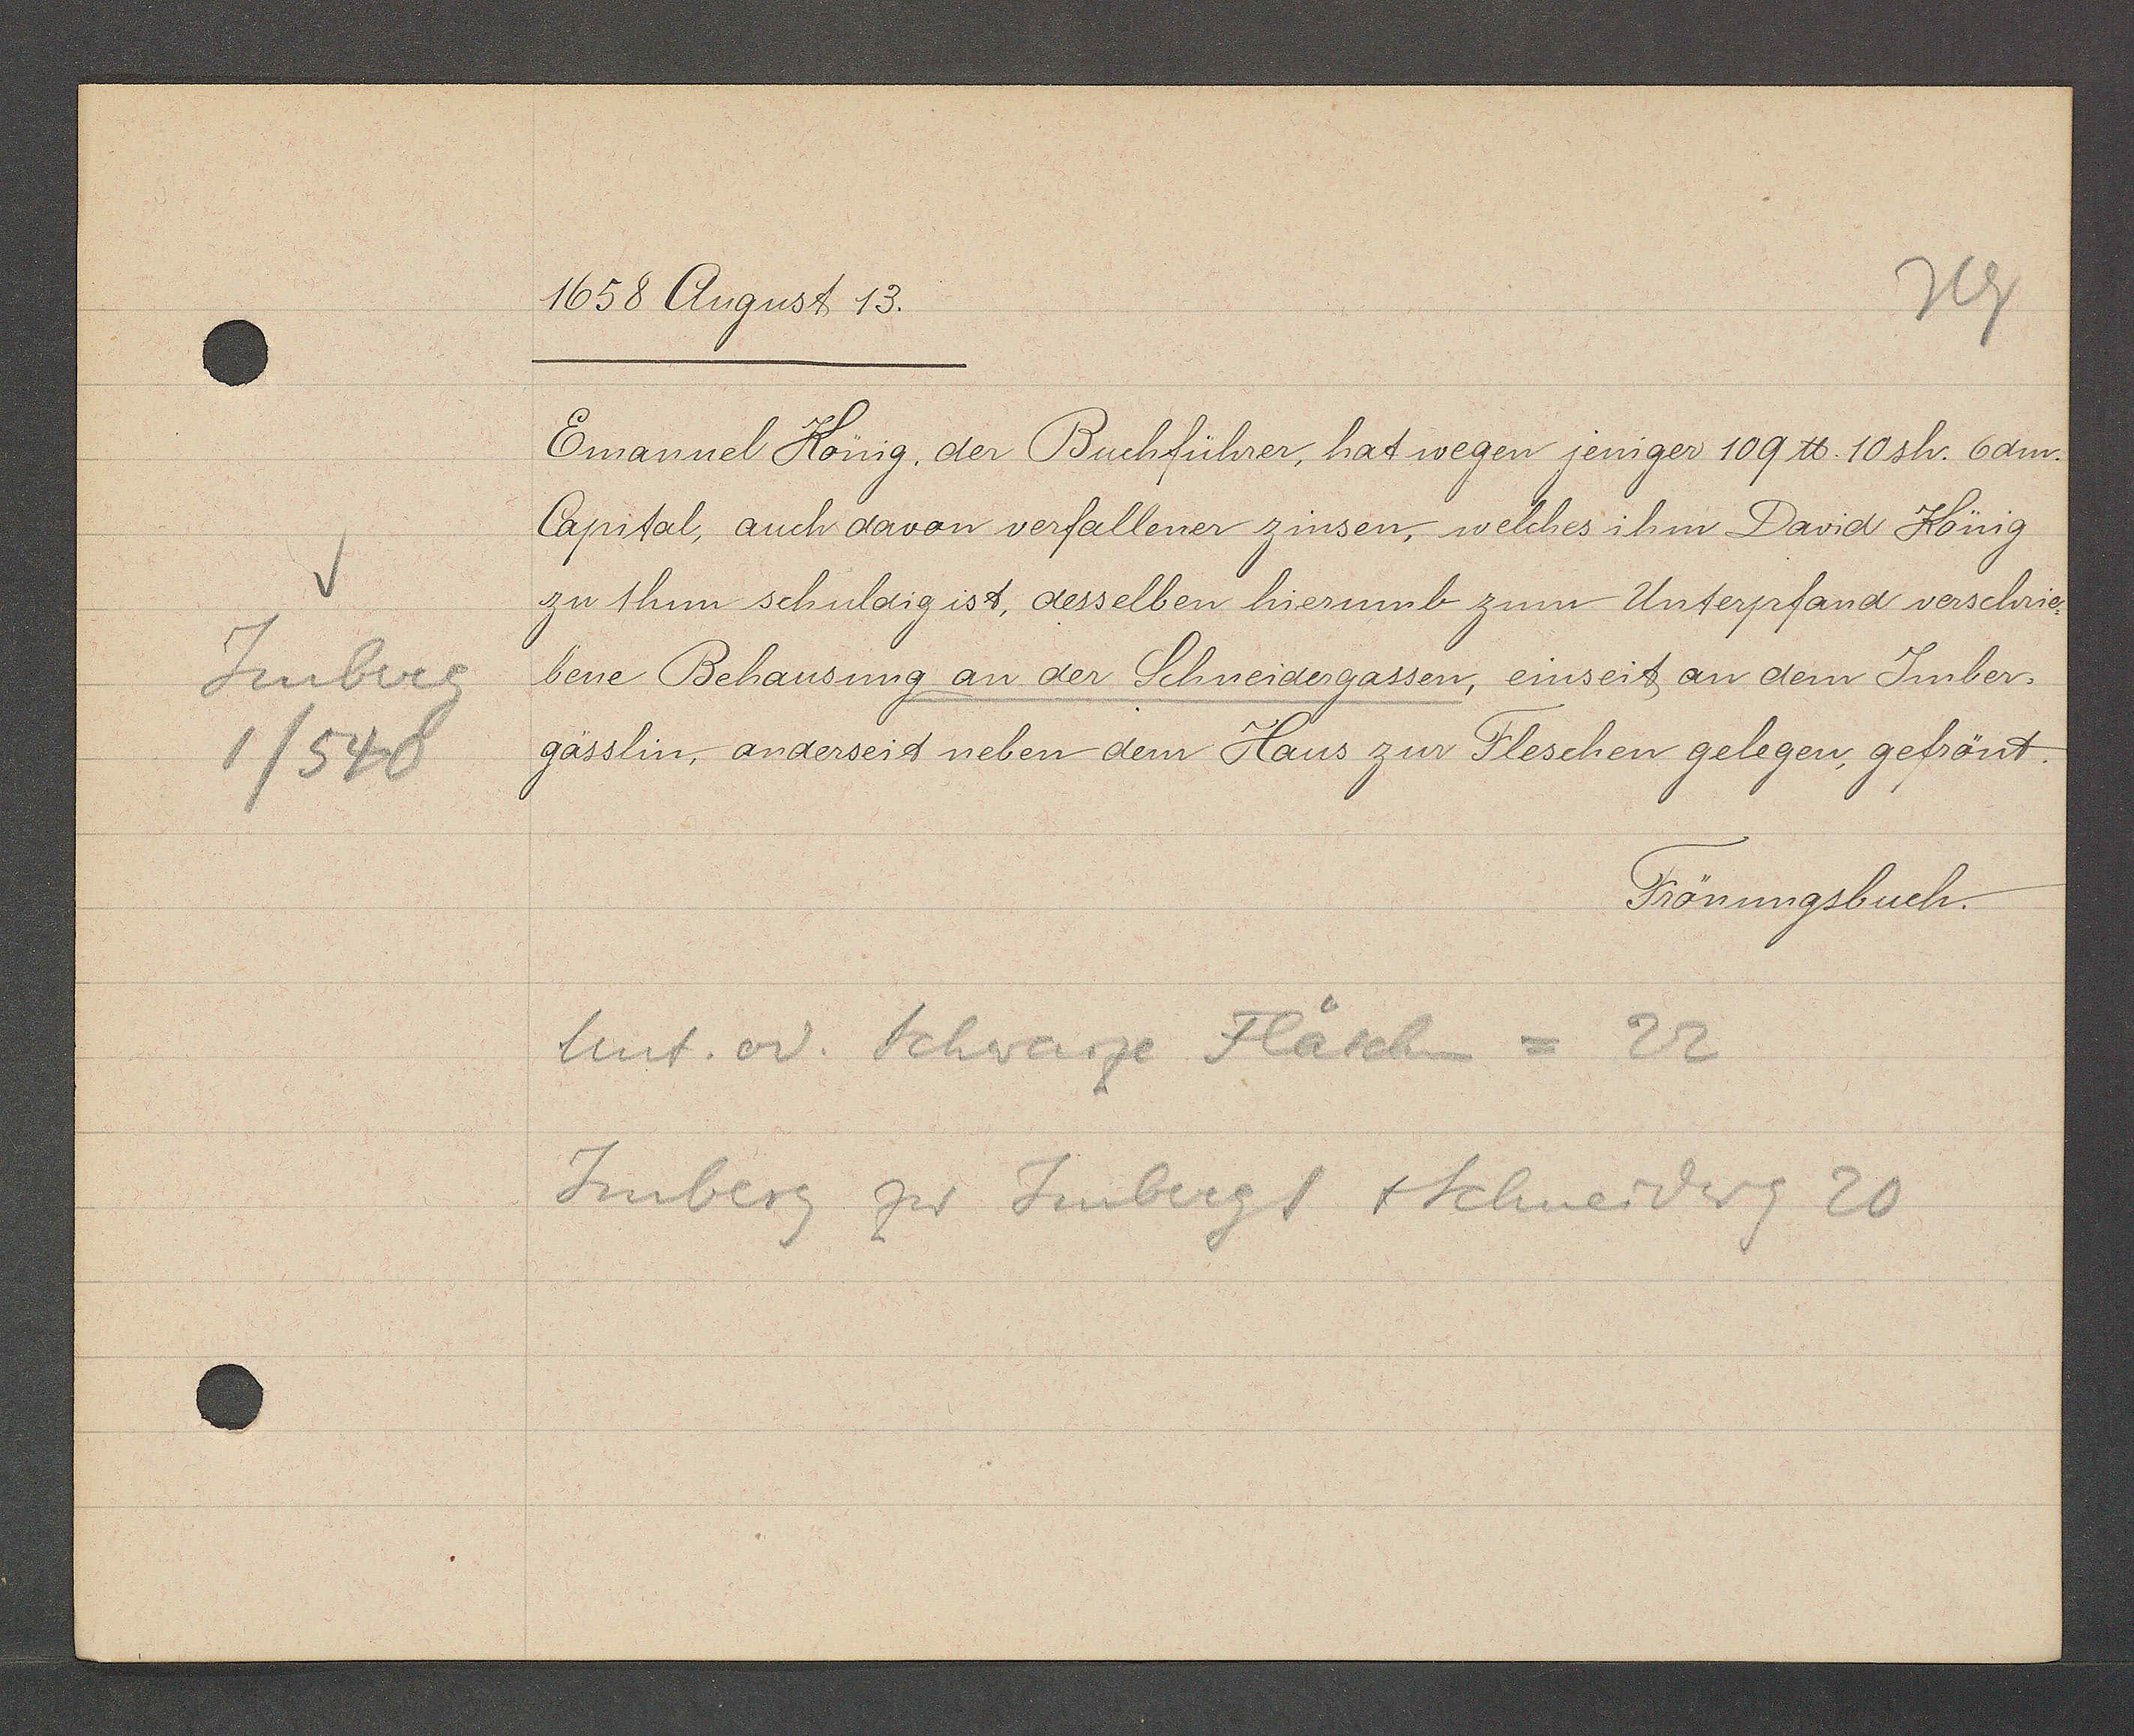
Transcript:
Heuberg
1/540

1658 August 13.

Emanuel König, der Buchführer, hat wegen jeniger 109 ℔. 10 sh. 6dm.
Capital, auch davon verfallener zinsen, welches ihm David König
zu thun schuldig ist, desselben hierumb zum Unterpfand verschrie¬
bene Behausung an der Schneidergassen, einseit an dem Imber¬
gässlin, anderseit neben dem Haus zur Fleschen gelegen, gefrönt.

Unt. od. Schwarze Fläschen = 22
Imberg zur Imbergs + Schneiderg 20

Frönungsbuch.